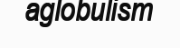
aglobulism